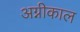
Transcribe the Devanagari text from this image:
अग्नीकाल